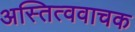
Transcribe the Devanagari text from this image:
अस्तित्ववाचक